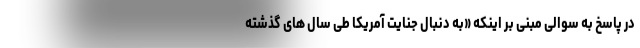
در پاسخ به سوالی مبنی بر اینکه «به دنبال جنایت آمریکا طی سال های گذشته